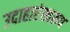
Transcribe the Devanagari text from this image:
उदाहारंस्वरूप